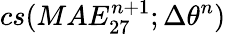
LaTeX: cs(MAE_{27}^{n+1};\Delta\theta^{n})